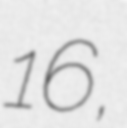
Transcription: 16,